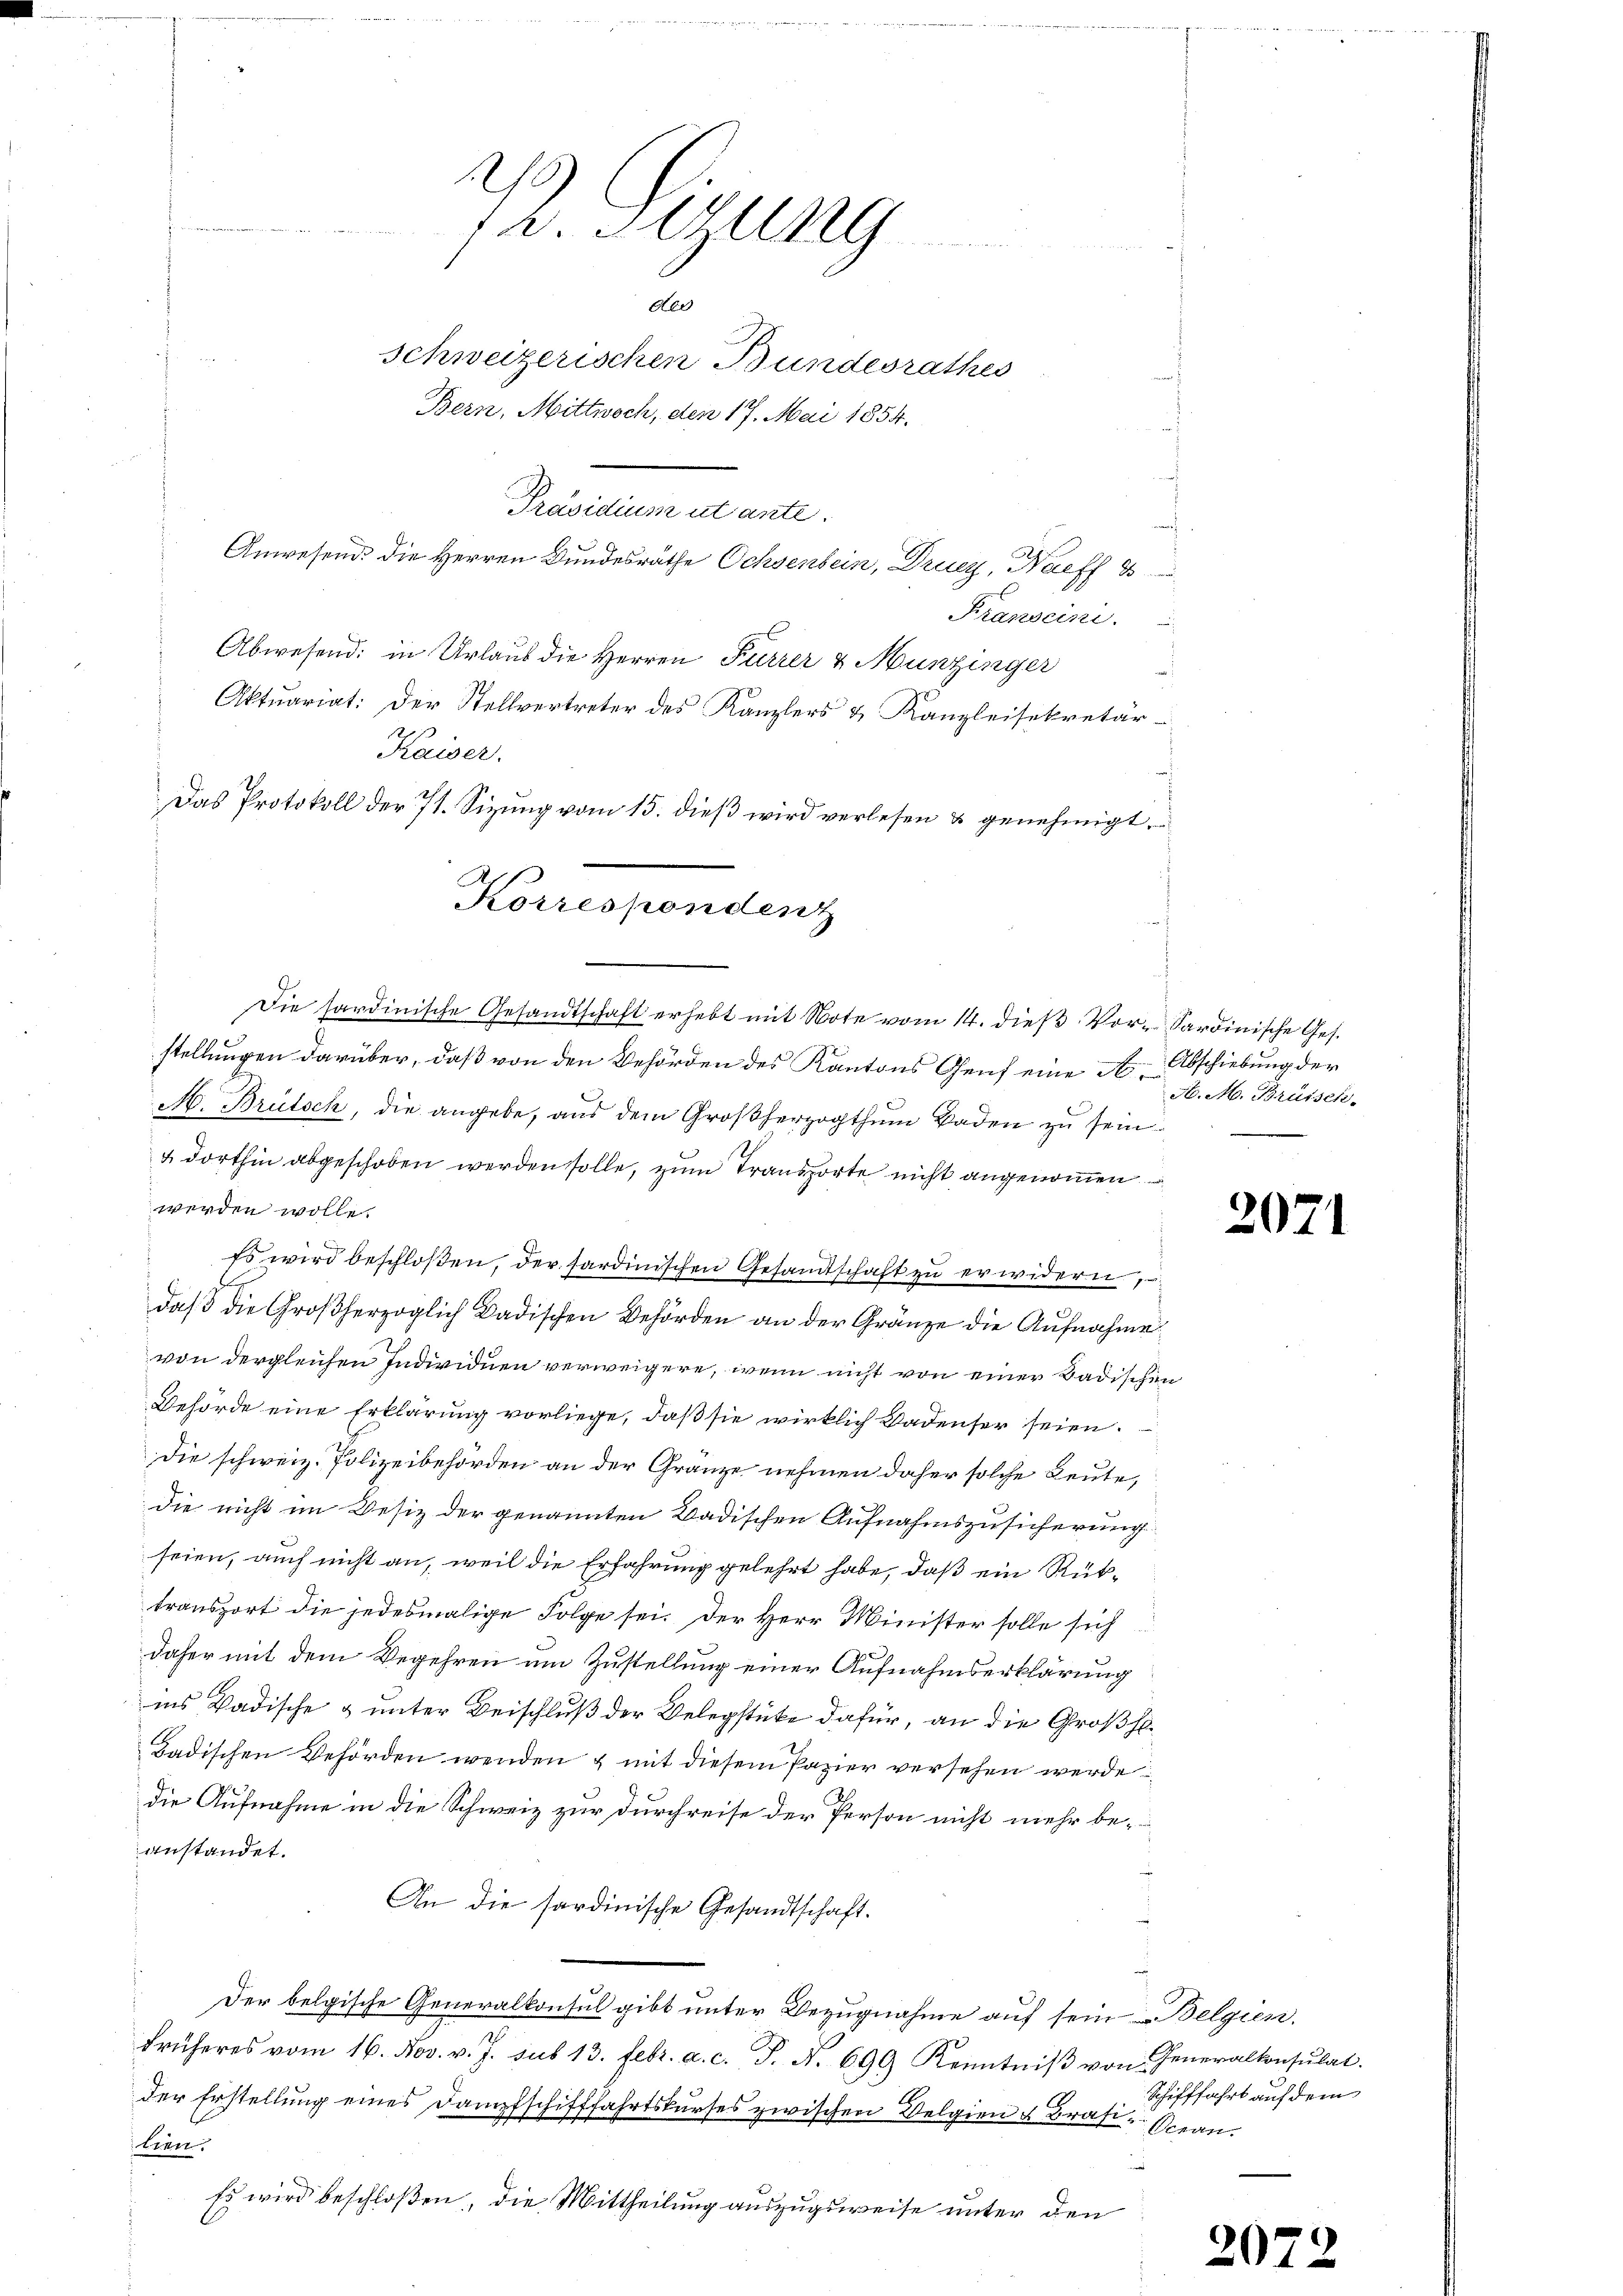
e
v. Serung
der
Schweizerischen Bundesrathes
Bern, Mittwoch, den 17. Mai 1854.

Anwesend. Die Herren Bundesräthe Ochsenbein, Drucz, Naeff 8
Franseini
Abwesend: in Urlaus die Herren Furrer & Munzinger
Aktuariat: Der Stellvertreter des Kanzlers & Kanzleisekretär-
Kaiser.
Das Protokoll der 71. Sizung vom 15. dieß wird verlesen & genehmigt.
Korrespondenz

Präsidium utante.

Die sardinische Gesandtschaft erhebt mit Note vom 14. dieß Vor- Sardinische Ges.

stellungen darüber, daß von den Behörden des Kantons Genf eine A. Abschiebung der
A. Brütsch, die angebe, aus dem Großherzogthum Baden zu sein
& dorthin abgeschoben werden solle, zum Transporte nicht angenommen
werden wolle.
Es wird beschloßen, der sardinischen Gesamtschaft zu erwidern,
d
daβ die Großherzoglich Badischen Behörden an der Gränze die Aufnahme
von dergleichen Individuen verweigere, wenn nicht von einer Badischen
Behörde eine Erklärung vorliege, daß sie wirklich Badenser seien.
Die schweiz. Polizeibehörden an der Gränze nehmen daher solche Leute,
die nicht im Besiz der genannten Badischen Aufnahmszusicherung
seien, auch nicht an, weil die Erfahrung gelehrt habe, daß ein Rüktransport die jedesmalige Folge sei. Der Herr Minister solle sich
daher mit dem Begehren um Zustellung einer Aufnahmserklärung
ins Badische & unter Beischluß der Belegstücke dafür, an die Großhe¬
Badischen Behörden wenden & mit diesem Papier versehen werde
die Aufnahme in die Schweiz zur Durchreise der Person nicht mehr beanstandet.
An die sardinische Gesandtschaft.
Der belgische Generalkonsul gibt unter Bezugnahme auf sein Belgien.
früheres vom 16. Nov. v. J. sub 13. Febr. a. c. J. N. 699 Kenntniβ von Generalkonsulat.
der Erstellung eines Dampfschifffahrtskurses zwischen Belgien & Brasi- Ocean.
tien
Es wird beschloßen, die Mittheilung auszugsweise unter den

A. M. Brüssen-

207

Schifffahrt auf dem

20